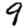
Digit: 9